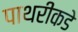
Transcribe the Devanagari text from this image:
पाथरीकडे